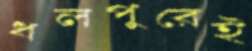
ধলপুরেই